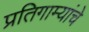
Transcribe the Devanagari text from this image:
प्रतिगाम्यांचे